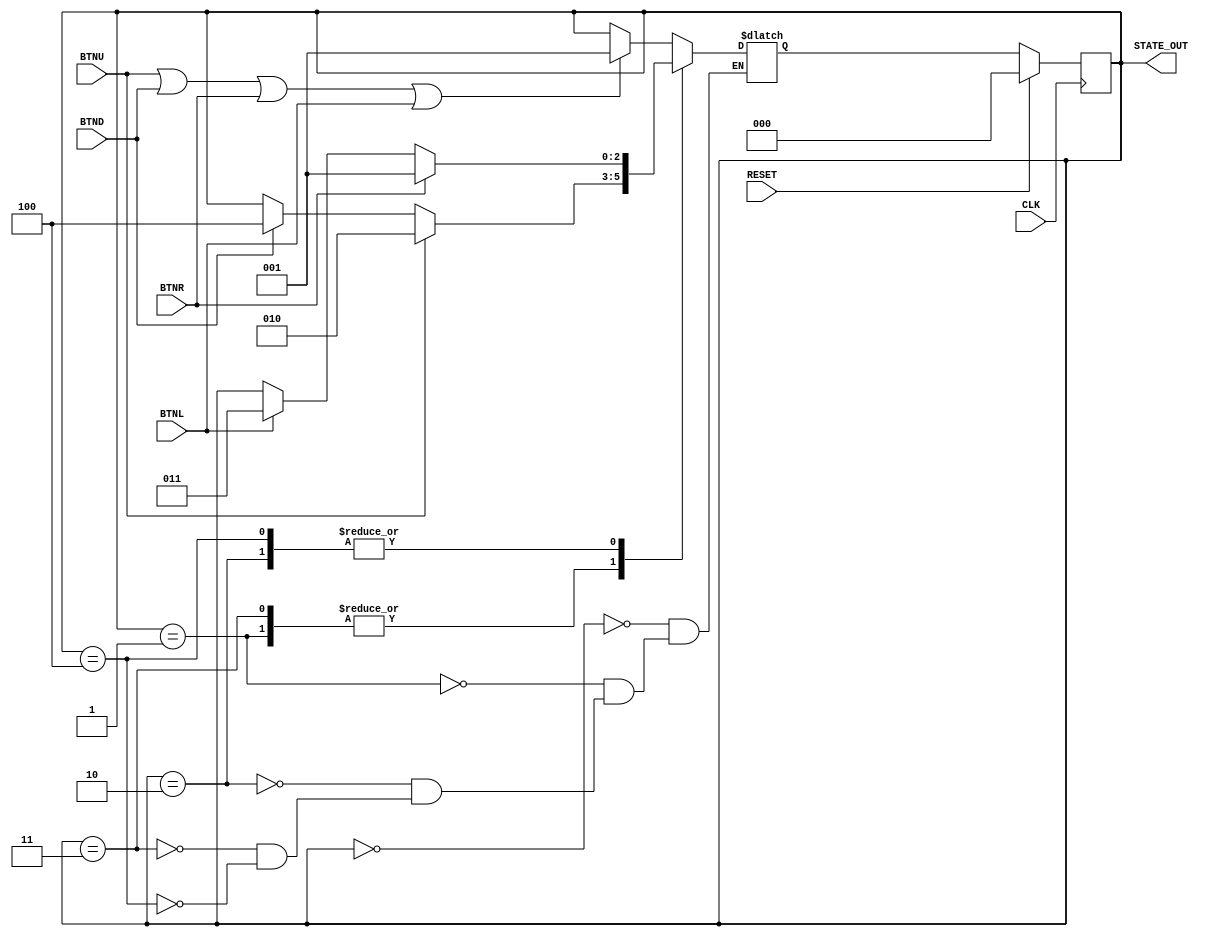
`timescale 1ns / 1ps
//////////////////////////////////////////////////////////////////////////////////
// Company: 
// Engineer: 
// 
// Design Name: 
// Module Name: navigation
// Project Name: 
// Target Devices: 
// Tool Versions: 
// Description: 
// 
// Dependencies: 
// 
// Revision:
// Revision 0.01 - File Created
// Additional Comments:
// 
//////////////////////////////////////////////////////////////////////////////////


module navigation(
    input CLK,
    input RESET,
    input BTNU,
    input BTND,
    input BTNL,
    input BTNR,
    output [2:0] STATE_OUT
    );
    
    reg [2:0] curr_state;
    reg [2:0] next_state;
    
    //sequential part
    always@(posedge CLK) begin
        if (RESET)
            curr_state <= 3'd0;
        else
            curr_state <= next_state;
    end
    
    //combinational part
    always@(BTNU or BTND or BTNL or BTNR or curr_state) begin
        case (curr_state)
            
            3'd0   :   begin
                if (BTNU || BTND || BTNR || BTNL)
                    next_state <= 3'd1;
                else
                    next_state <= curr_state;
            end
            
            
            3'd1   :   begin                   //right
                if (BTNU)
                    next_state <= 3'd2;
                else if (BTND)
                    next_state <= 3'd4;
                else
                    next_state <= curr_state;
            end
            
            3'd2   :   begin                   //up
                if (BTNR)
                    next_state <= 3'd1;
                else if (BTNL)
                    next_state <= 3'd3;
                else
                    next_state <= curr_state;
            end
            
            3'd3   :   begin                   //left
                if (BTNU)
                    next_state <= 3'd2;
                else if (BTND)
                    next_state <= 3'd4;
                else
                    next_state <= curr_state;
            end
            
            3'd4   :   begin                   //down
                if (BTNR)
                    next_state <= 3'd1;
                else if (BTNL)
                    next_state <= 3'd3;
                else
                    next_state <= curr_state;
            end
        endcase
    end
    
    assign STATE_OUT = curr_state;
endmodule